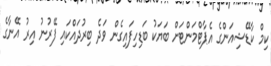
ކިމް ކާޑޭޝިއަންގެ އެޕާޓްމަންޓަށް ބަޔަކު ބަޑިހިފައިގެން ވަދެ ބިރުދައްކައި ފޭރުނު އިރު އޭނާގެ